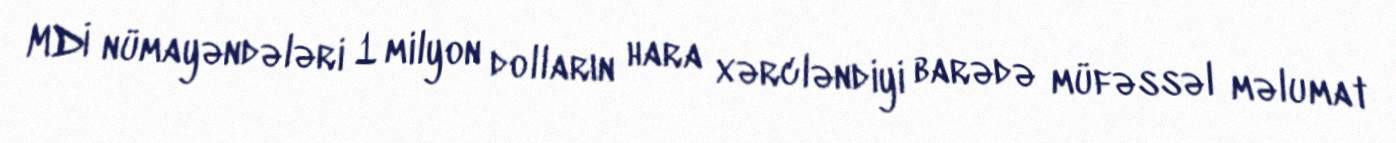
MDİ nümayəndələri 1 milyon dolların hara xərcləndiyi barədə müfəssəl məlumat